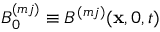
{ B } _ { 0 } ^ { ( m j ) } \equiv B ^ { ( m j ) } ( \mathbf { x } , 0 , t )